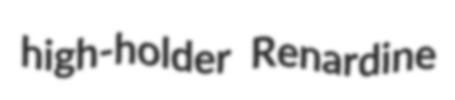
high-holder Renardine